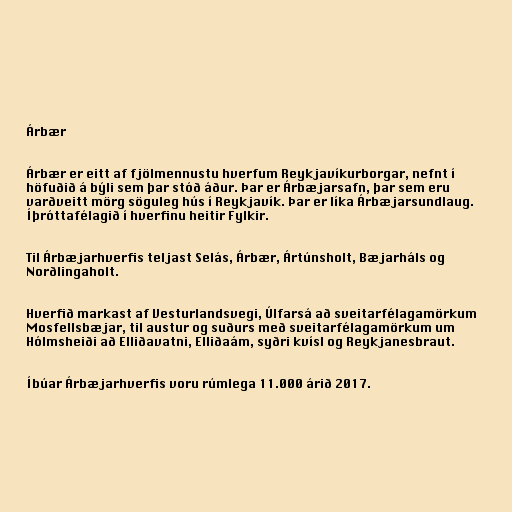
Árbær

Árbær er eitt af fjölmennustu hverfum Reykjavíkurborgar, nefnt í
höfuðið á býli sem þar stóð áður. Þar er Árbæjarsafn, þar sem eru
varðveitt mörg söguleg hús í Reykjavík. Þar er líka Árbæjarsundlaug.
Íþróttafélagið í hverfinu heitir Fylkir.

Til Árbæjarhverfis teljast Selás, Árbær, Ártúnsholt, Bæjarháls og
Norðlingaholt.

Hverfið markast af Vesturlandsvegi, Úlfarsá að sveitarfélagamörkum
Mosfellsbæjar, til austur og suðurs með sveitarfélagamörkum um
Hólmsheiði að Elliðavatni, Elliðaám, syðri kvísl og Reykjanesbraut.

Íbúar Árbæjarhverfis voru rúmlega 11.000 árið 2017.